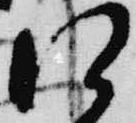
江